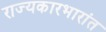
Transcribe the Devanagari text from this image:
राज्यकारभारांत